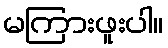
မကြားဖူးပါ။